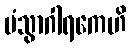
ပံသွာဂါရကေဟိ